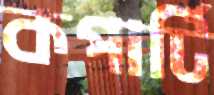
কপার্টি